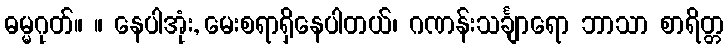
ဓမ္မဂုတ်။ ။ နေပါအုံး, မေးစရာရှိနေပါတယ်၊ ဂဏန်းသင်္ချာရော ဘာသာ စာရိတ္တ